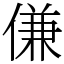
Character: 傔